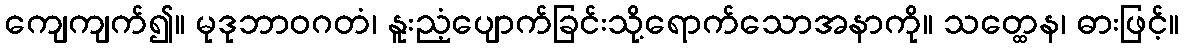
ကျေကျက်၍။ မုဒုဘာဝဂတံ၊ နူးညံ့ပျောက်ခြင်းသို့ရောက်သောအနာကို။ သတ္ထေန၊ ဓားဖြင့်။